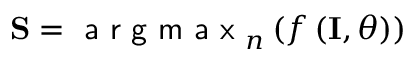
\mathbf { S } = \textsf { a r g m a x } _ { n } \left( f \left( \mathbf { I } , \theta \right) \right)